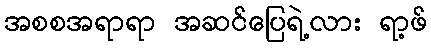
အစစအရာရာ အဆင်ပြေရဲ့လား ရာ့ဖ်